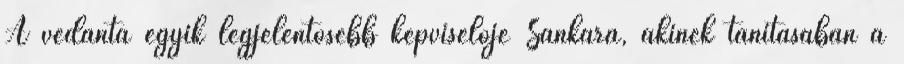
A védánta egyik legjelentősebb képviselője Sankara, akinek tanításában a